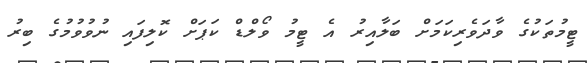
ޓީމުތަކުގެ ވާދަވެރިކަމަށް ބަލާއިރު އެ ޓީމު ވޯލްޑް ކަޕަށް ކޮލިފައި ނުވުވުމުގެ ބިރު